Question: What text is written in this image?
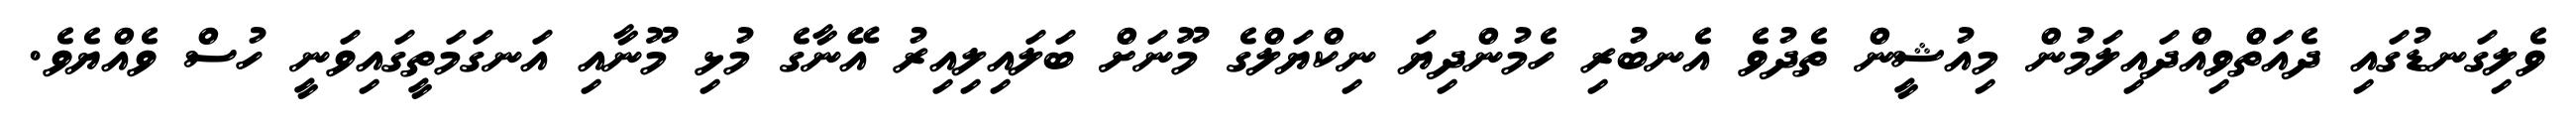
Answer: ވެލިގަނޑުގައި ދެއަތްވިއްދައިލަމުން މިއުޝީން ތެދުވެ އެނބުރި ހެމުންދިޔަ ނިކްޔަލްގެ މޫނަށް ބަލައިލިއިރު އޭނާގެ މުޅި މޫނާއި އަނގަމަތީގައިވަނީ ހުސް ވެއްޔެވެ.